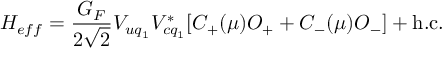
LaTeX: H _ { e f f } = \frac { G _ { F } } { 2 \sqrt 2 } V _ { u q _ { 1 } } V _ { c q _ { 1 } } ^ { * } [ C _ { + } ( \mu ) O _ { + } + C _ { - } ( \mu ) O _ { - } ] + \mathrm { h . c . }